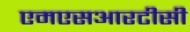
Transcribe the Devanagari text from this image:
एमएसआरटीसी